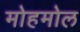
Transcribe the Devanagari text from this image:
मोहमोल